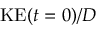
\mathrm { K E } ( t = 0 ) / D